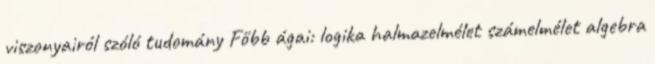
viszonyairól szóló tudomány Főbb ágai: logika halmazelmélet számelmélet algebra